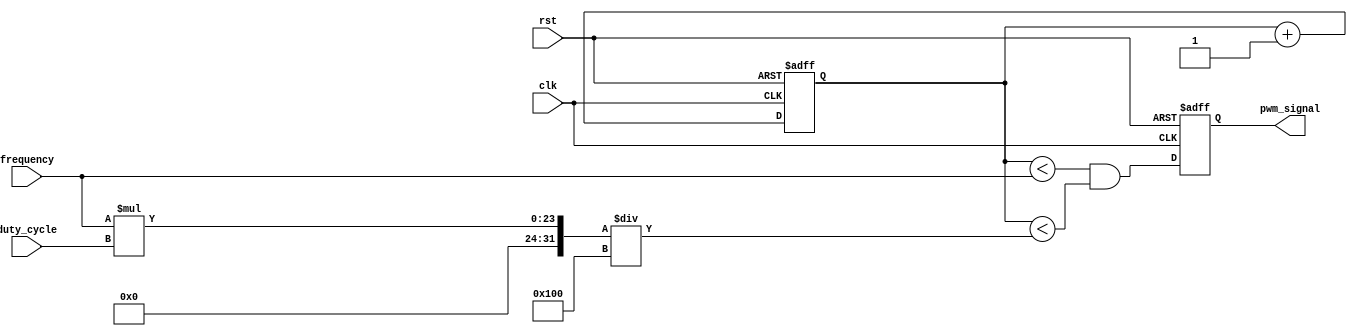
module PWM_Pulse_Generator (
    input wire clk,
    input wire rst,
    input wire [7:0] duty_cycle,
    input wire [15:0] frequency,
    output reg pwm_signal
);

reg [15:0] counter;

always @(posedge clk or posedge rst) begin
    if (rst) begin
        counter <= 16'd0;
        pwm_signal <= 1'b0;
    end else begin
        counter <= counter + 1;
        pwm_signal <= (counter < frequency) && (counter < (frequency * duty_cycle / 256));
    end
end

endmodule